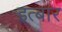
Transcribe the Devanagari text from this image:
इत्बार